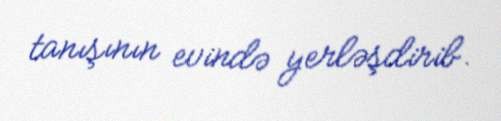
tanışının evində yerləşdirib.